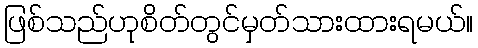
ဖြစ်သည်ဟုစိတ်တွင်မှတ်သားထားရမယ်။